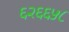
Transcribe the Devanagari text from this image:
६२६६५८